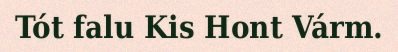
Tót falu Kis Hont Várm.